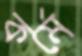
কর্মে